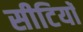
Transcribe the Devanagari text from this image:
सीटियाॅ